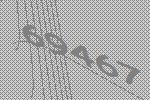
69467